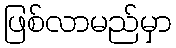
ဖြစ်လာမည်မှာ